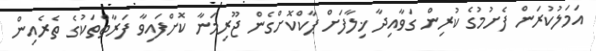
އަމަލުކުރަން ފެށުމުގެ ކުރިން ގަވާއިދާ ޚިލާފަށް ޕާކްކޮށްގެން ޖޫރިމަނާ ކޮށްފައިވާ ފަރާތްތަކުގެ ތެރެއިން